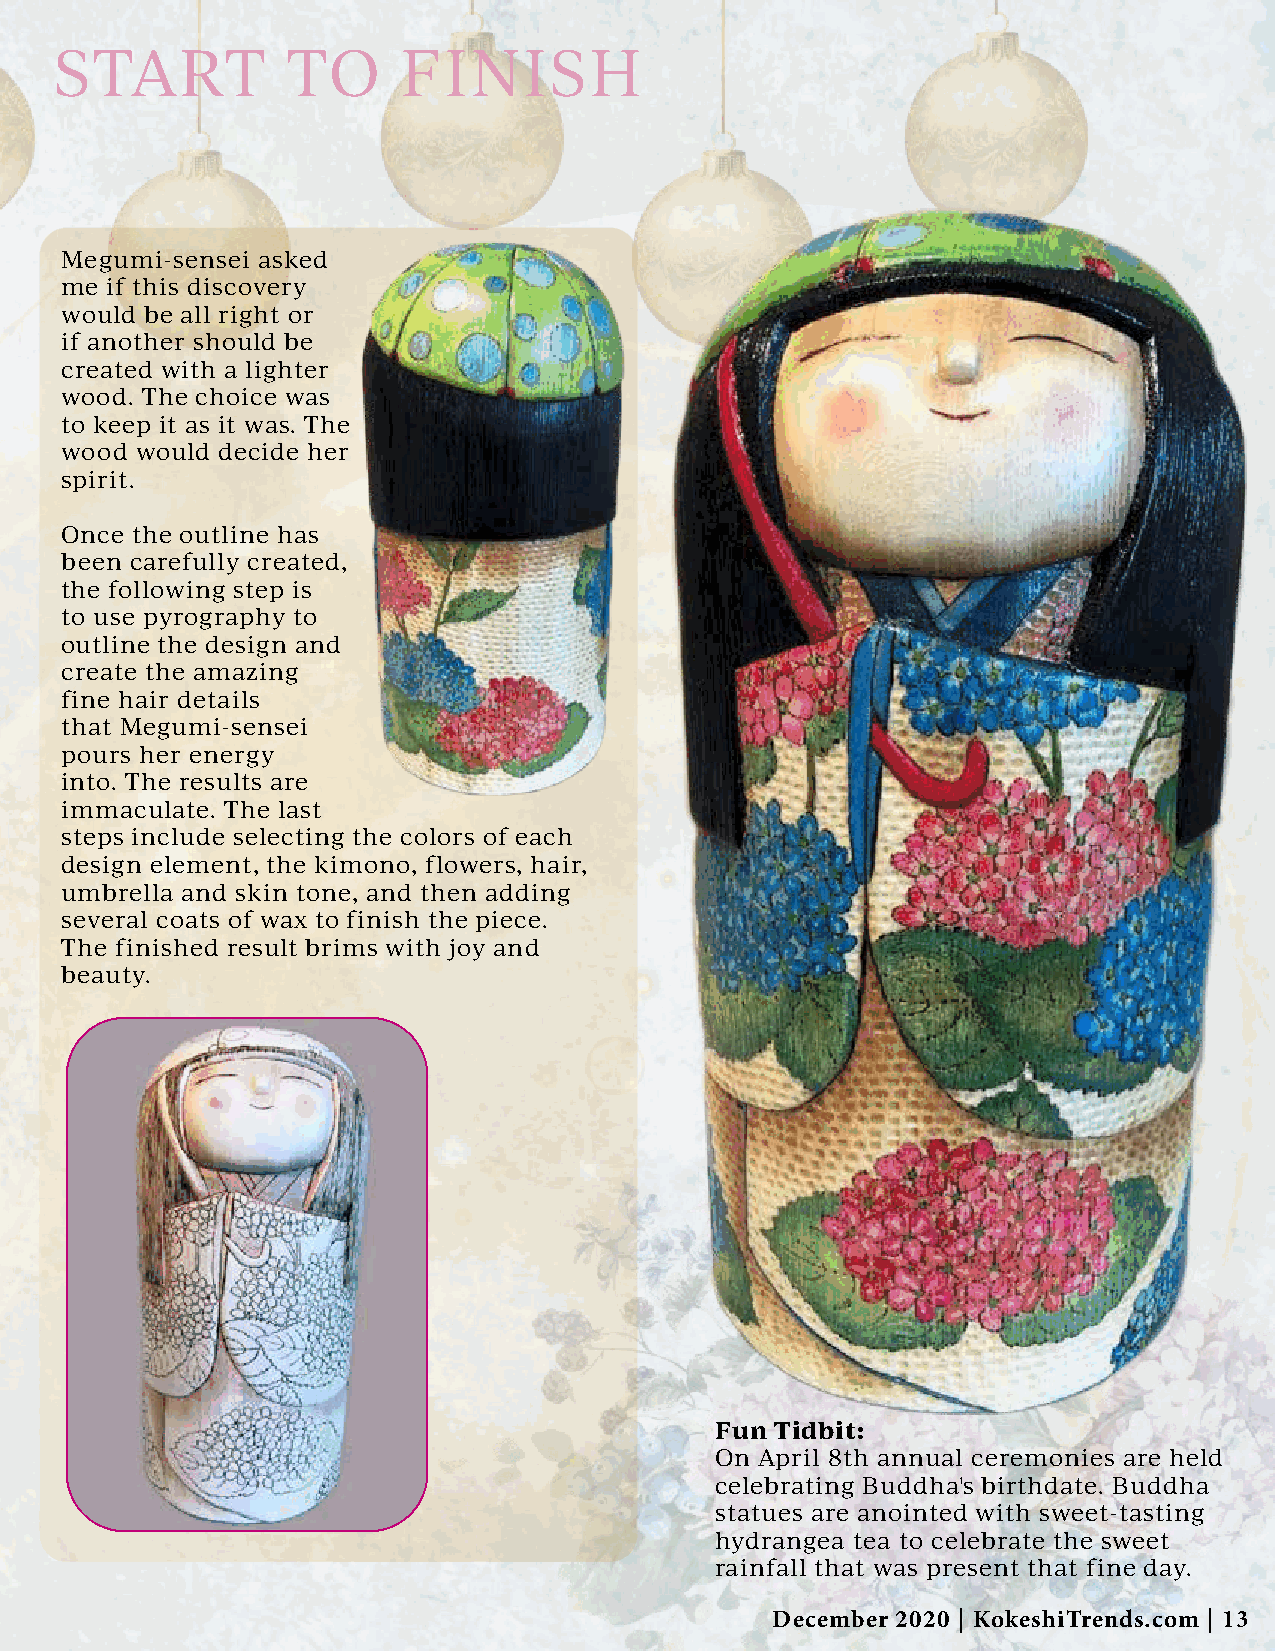
START          TO      FINISH
 Megumi-sensei asked
 me if this discovery
 would be all right or
 if another should be
 created with a lighter
 wood. The choice was
 to keep it as it was. The
 wood would decide her
 spirit.
 Once the outline has
 been carefully created,
 the following step is
 to use pyrography to
 outline the design and
 create the amazing
 fine hair details
 that Megumi-sensei
 pours her energy
 into. The results are
 immaculate. The last
 steps include selecting the colors of each
 design element, the kimono, flowers, hair,
 umbrella and skin tone, and then adding
 several coats of wax to finish the piece.
 The finished result brims with joy and
 beauty.
 Fun Tidbit:
 On April 8th annual ceremonies are held
 celebrating Buddha's birthdate. Buddha
 statues are anointed with sweet-tasting
 hydrangea tea to celebrate the sweet
 rainfall that was present that fine day.
 December 2020 | KokeshiTrends.com | 13